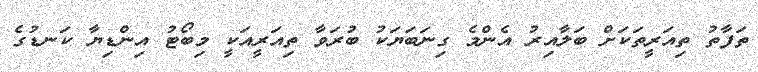
ތަފާތު ތިއަރީތަކަށް ބަލާއިރު އެންމެ ގިނަބަޔަކު ބުރަވާ ތިއަރީއަކީ މިބޯޓު އިންޑިޔާ ކަނޑުގެ